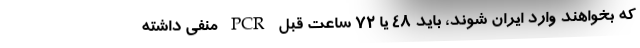
که بخواهند وارد ایران شوند، باید ۴۸ یا ۷۲ ساعت قبل PCR منفی داشته